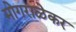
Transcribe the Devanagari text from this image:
मोगराळेकर